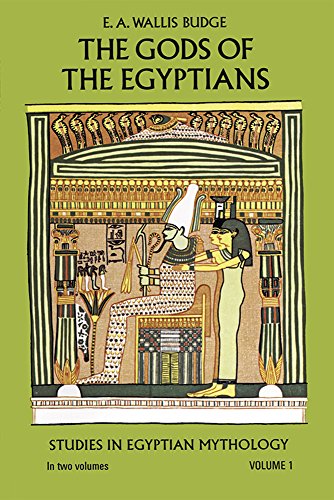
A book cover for The Gods of the Egyptians, Volume 1; E. A. Wallis Budge; History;